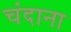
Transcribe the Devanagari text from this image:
चंदाना